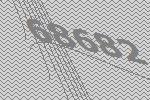
68682